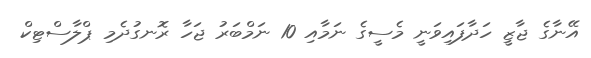
އޭނާގެ ޖާޒީ ހަދާފައިވަނީ މެސީގެ ނަމާއި 10 ނަމްބަރު ޖަހާ ރޮނގުދެމި ޕްލާސްޓިކް